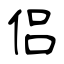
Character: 侣